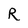
Character: R